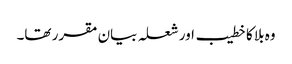
وہ بلا کا خطیب اور شعلہ بیان مقرر تھا۔